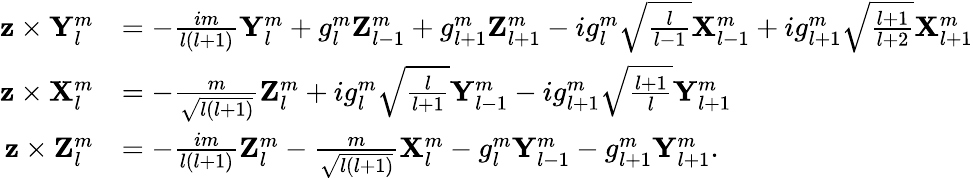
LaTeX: \begin{array}{rl}{\mathbf{z}\times\mathbf{Y}_{l}^{m}}&{=-\frac{im}{l(l+1)}\mathbf{Y}_{l}^{m}+g_{l}^{m}\mathbf{Z}_{l-1}^{m}+g_{l+1}^{m}\mathbf{Z}_{l+1}^{m}-ig_{l}^{m}\sqrt{\frac{l}{l-1}}\mathbf{X}_{l-1}^{m}+ig_{l+1}^{m}\sqrt{\frac{l+1}{l+2}}\mathbf{X}_{l+1}^{m}}\\ {\mathbf{z}\times\mathbf{X}_{l}^{m}}&{=-\frac{m}{\sqrt{l(l+1)}}\mathbf{Z}_{l}^{m}+ig_{l}^{m}\sqrt{\frac{l}{l+1}}\mathbf{Y}_{l-1}^{m}-ig_{l+1}^{m}\sqrt{\frac{l+1}{l}}\mathbf{Y}_{l+1}^{m}}\\ {\mathbf{z}\times\mathbf{Z}_{l}^{m}}&{=-\frac{im}{l(l+1)}\mathbf{Z}_{l}^{m}-\frac{m}{\sqrt{l(l+1)}}\mathbf{X}_{l}^{m}-g_{l}^{m}\mathbf{Y}_{l-1}^{m}-g_{l+1}^{m}\mathbf{Y}_{l+1}^{m}.}\end{array}